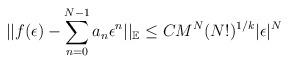
LaTeX: \begin{align*}|| f(\epsilon) - \sum_{n=0}^{N-1} a_{n} \epsilon^{n} ||_{\mathbb{E}} \leq CM^{N}(N!)^{1/k}|\epsilon|^{N} \end{align*}